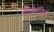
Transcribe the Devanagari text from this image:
तीर्थमंदिरों